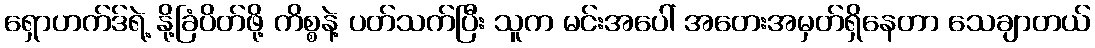
ရှောဟက်ဒ်ရဲ့ နို့ခြံပိတ်ဖို့ ကိစ္စနဲ့ ပတ်သက်ပြီး သူက မင်းအပေါ် အတေးအမှတ်ရှိနေတာ သေချာတယ်